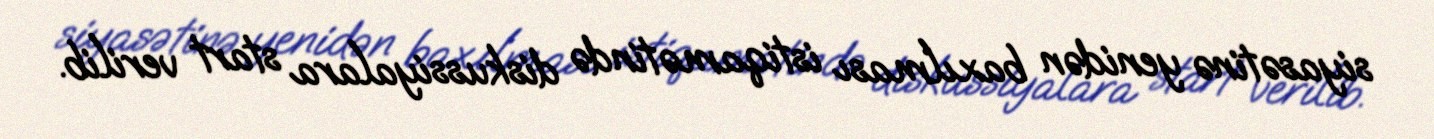
siyasətinə yenidən baxılması istiqamətində diskussiyalara start verilib.